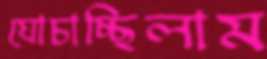
ঘোচাচ্ছিলাম